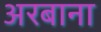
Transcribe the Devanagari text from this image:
अरबाना